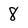
Character: 8